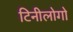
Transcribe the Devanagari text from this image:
टिनीलोगो